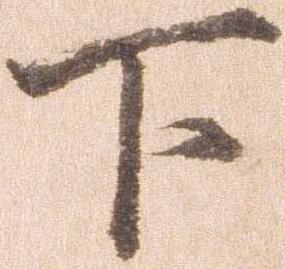
下